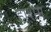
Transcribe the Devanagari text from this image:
हाशेम